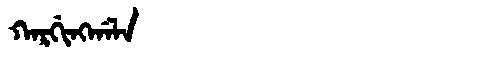
Manchu: ᡴᠠᡵᡤᡳᠩᡤᠠᠯᠠ
Romanization: KARGINGGALA